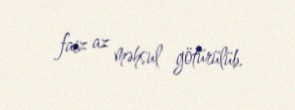
faiz az məhsul götürülüb.